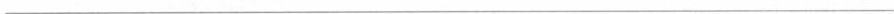
___